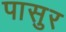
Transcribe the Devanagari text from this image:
पासुर